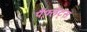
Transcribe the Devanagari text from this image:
पैंफ़्लेट्स